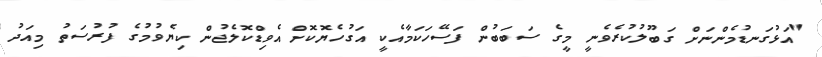
"އަޅުގަނޑުމެންނަށް ގަބޫލުކުރެވެނީ މީގެ ސަބަބުން ފަސޭހަކަމާއެކީ އަގުހެޔޮކޮށް އެވިޑްކޮލެޖުން ކިޔެވުމުގެ ފުރުސަތު މިއަދު